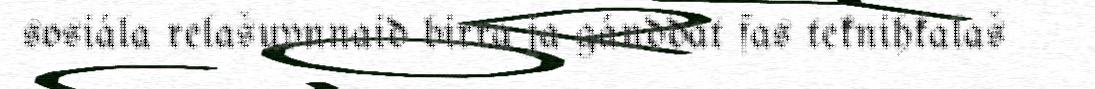
sosiála relašuvnnaid birra ja gánddat fas teknihkalaš